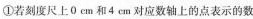
①若刻度尺上0 cm和4 cm对应数轴上的点表示的数